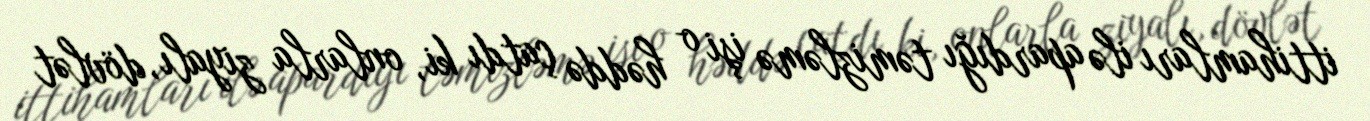
ittihamları ilə apardığı təmizləmə işi o həddə çatdı ki, onlarla ziyalı, dövlət